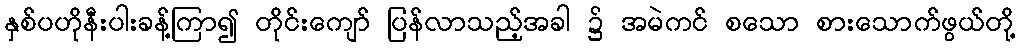
နှစ်ပဟိုနီးပါးခန့်ကြာ၍ တိုင်းကျော် ပြန်လာသည့်အခါ ၌ အမဲကင် စသော စားသောက်ဖွယ်တို့